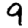
Digit: 9